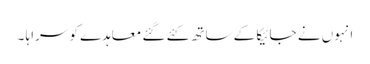
انہوں نے جائیکا کے ساتھ کئے گئے معاہدے کو سراہا ۔